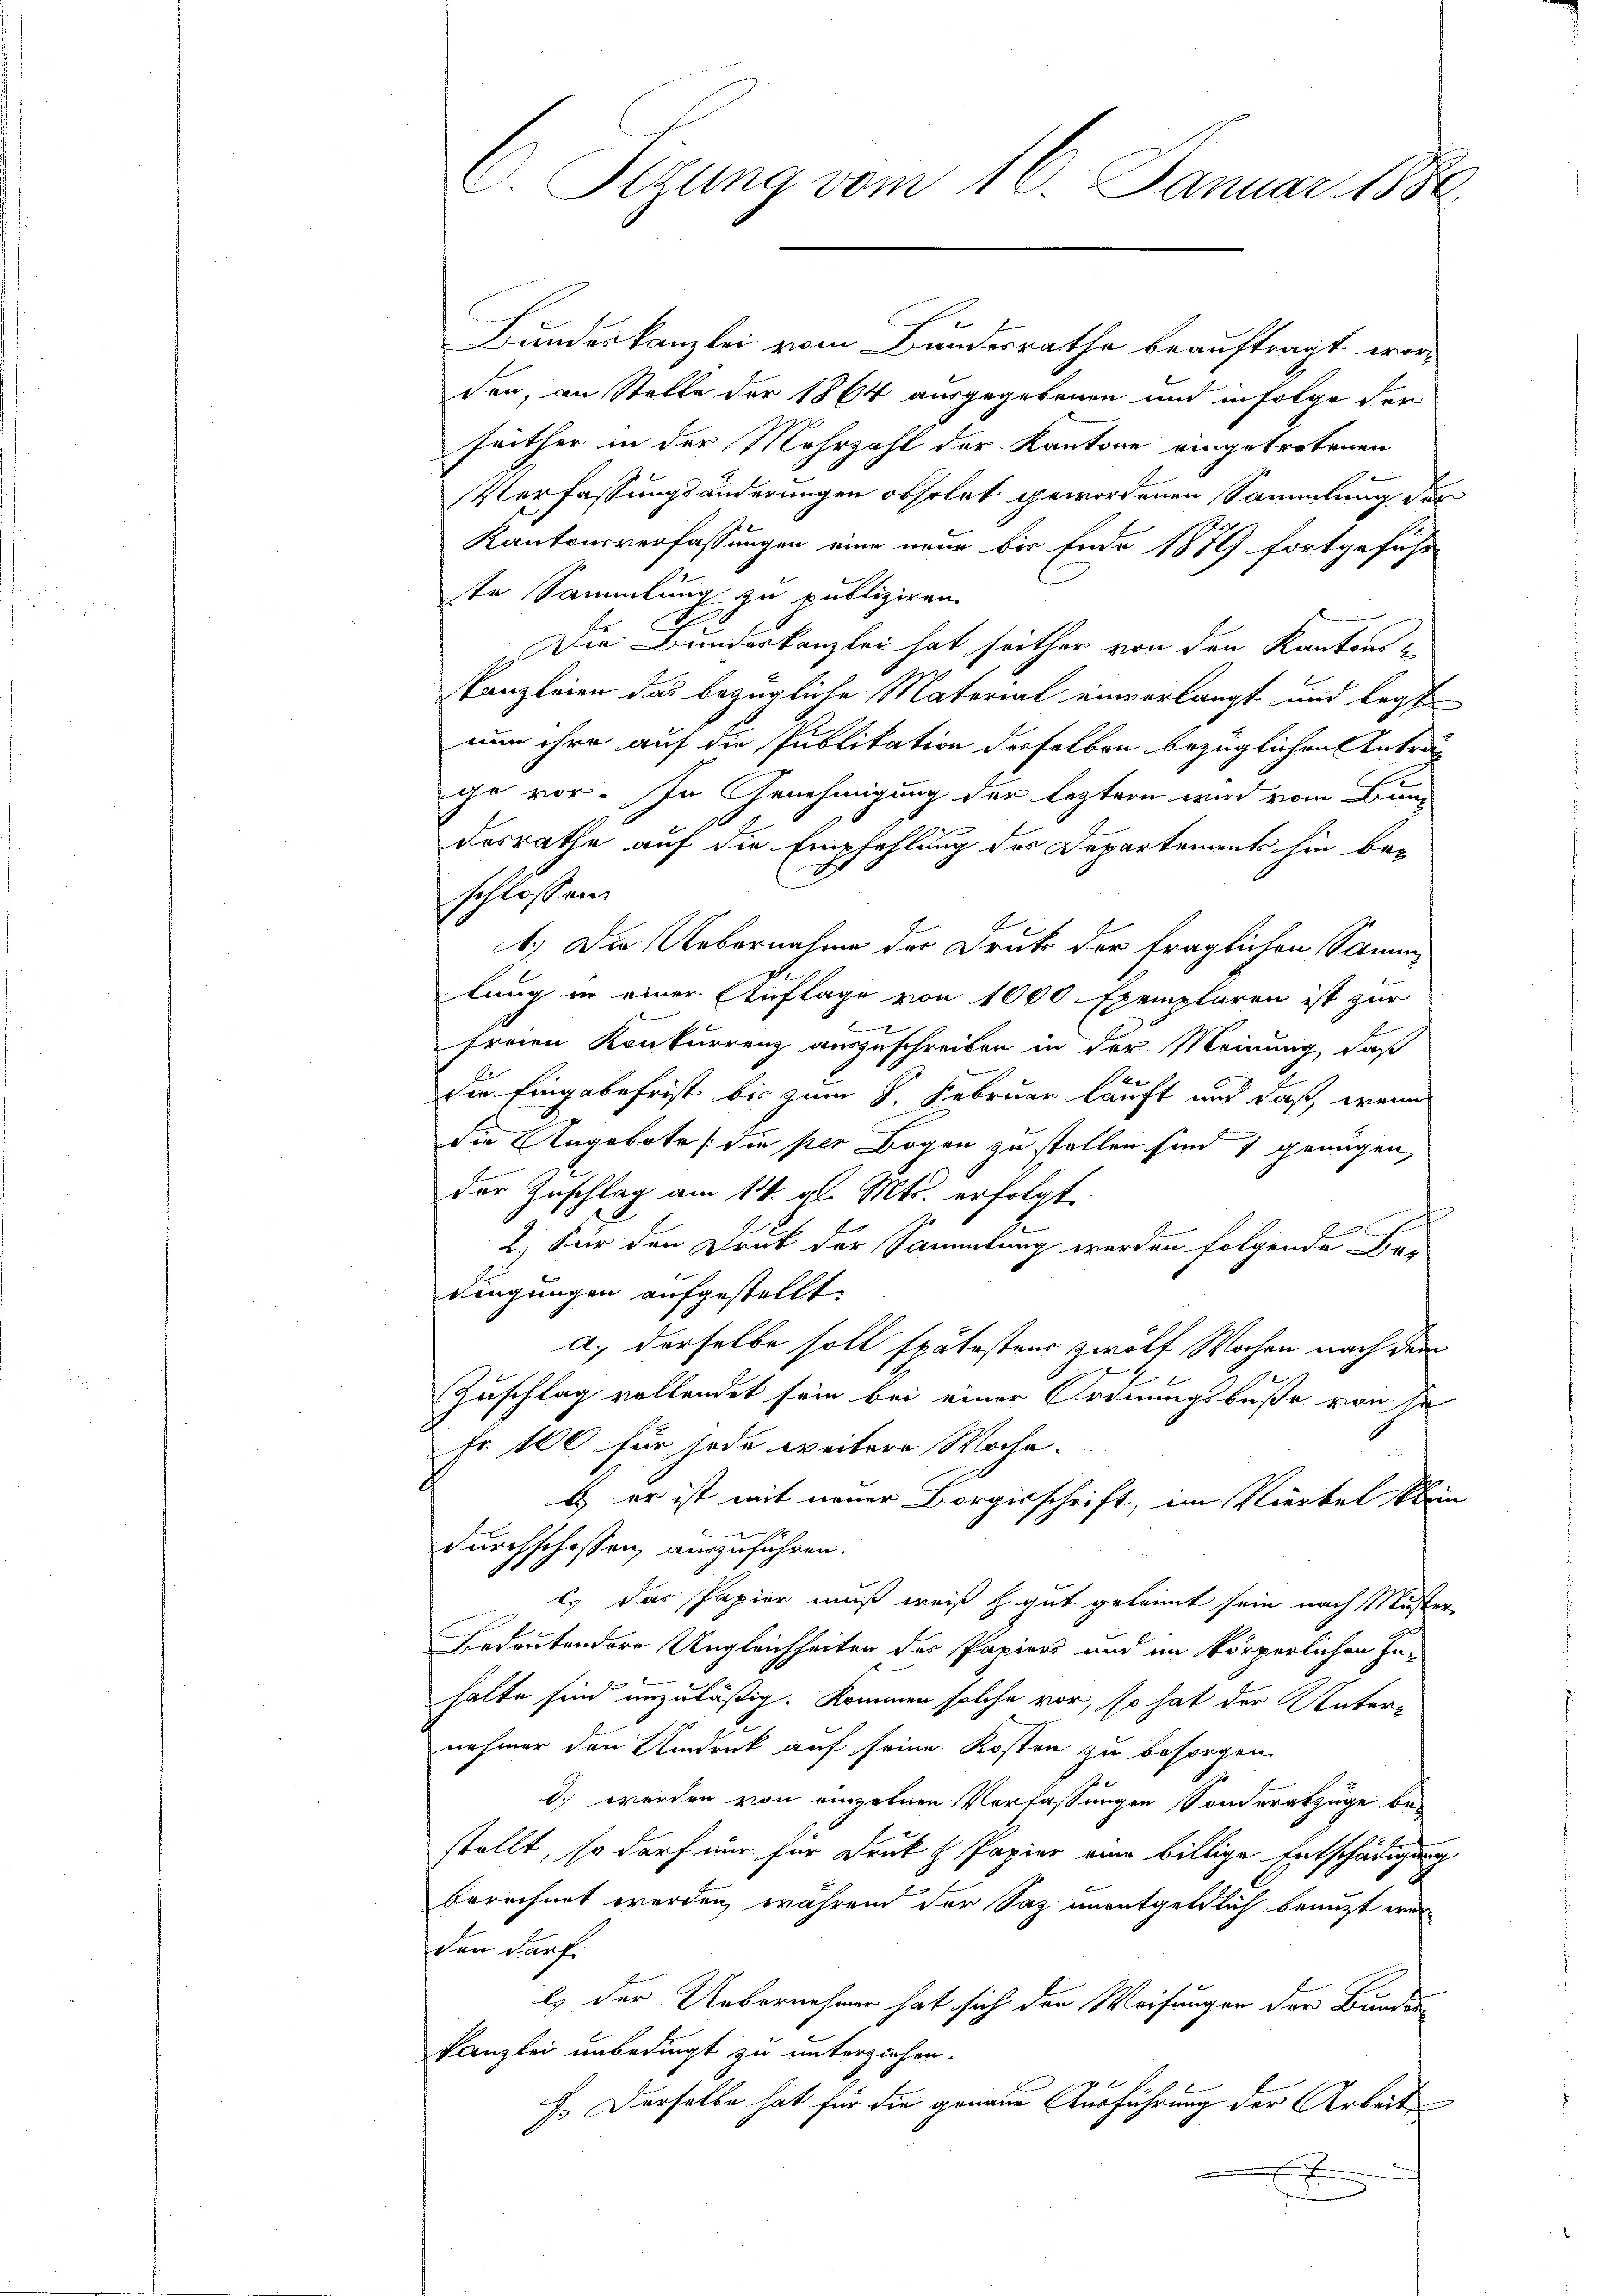
C. Sigung vom 16. Januar 1880.

Bundeskanzlei vom Bundesrathe beauftragt werden, an Stelle der 1864 ausgegebenen und infolge der
seither in der Mehrzahl der Kantone eingetretenen
Verfassungsänderungen obsolet gewordenen Sammlung der
Kantonsverfassungen eine neue bis Ende 1879 fortgeführ-
te Sammlung zu publiziren.
Die Bundeskanzlei hat seither von den Kantons
Kanzleien das bezügliche Material einverlangt und legt
nun ihre auf die Publikation desselben bezüglichen Anträg
ge vor. In Genehmigung der leztern wird vom Bundesrathe auf die Empfehlung des Departements hin beschlossen
1.) Die Uebernahme der Druck der fraglichen Samm
g
lung in einer Auflage von 1000 Exemplaren ist zur
f
E
freien Konkurrenz auszuschreiben in der Meinung, daß
e
kend
die Eingabefrist bis zum 8. Februar lauft und daß, wenn
die Angebote (die per Bogen zu stellen sind genügen,
der Zuschlag am 14. gl. Mts. erfolgt
¬
2.) Für den Druk der Sammlung werden folgende Bar
dingungen aufgestellt.
a.) derselbe soll spätestens zwölf Wochen nach dem
l
Zuschlag vollendet sein bei einer Ordnungsbuße von se
Fr 100 für jede weitere Woche.
b er ist mit neuer Borgisschrift, im Viertel klein
durchschossen, auszuführen.
t. Das Papier muß weiß h gut geleimt sein nach Muster,
Bedeutendere Ungleichheiten der Papiers und im körperlichen In-
halte sind unzuläßig. Kommen solche vor, so hat der Unternehmer den Umdruck auf seine Kosten zu besorgen.
d) werden von einzelnen Verfassungen Sonderabzüge be-
stellt, so darf nur für Druk H Papier eine billige Entschädigung
berechnet werden, während der Saz unentgeldlich benuzt werden darf
l) der Uebernehmen hat sich der Weisungen der Bundes
kanzlei unbedingt zu unterziehen.
F. Derselbe hat für die genaue Ausführung der Arbeit